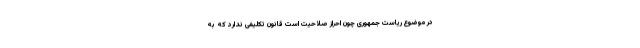
در موضوع ریاست جمهوری چون احراز صلاحیت است قانون تکلیفی ندارد که به